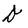
Character: D